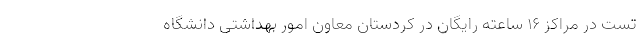
تست در مراکز ۱۶ ساعته رایگان در کردستان معاون امور بهداشتی دانشگاه